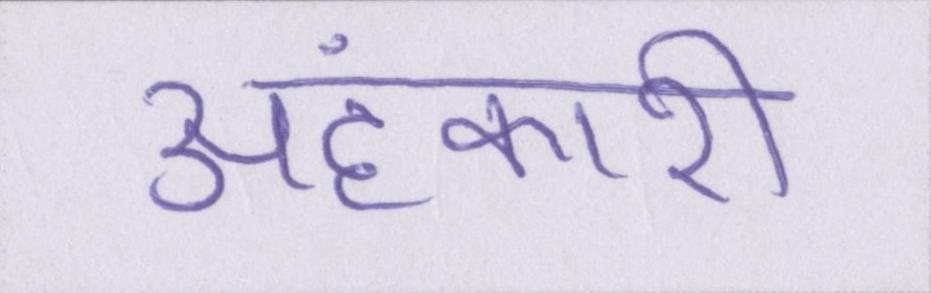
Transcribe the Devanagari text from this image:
अहंकारी